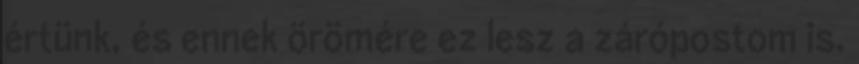
értünk, és ennek örömére ez lesz a zárópostom is.